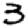
Digit: 3